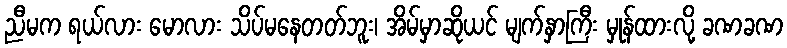
ညီမက ရယ်လား မောလား သိပ်မနေတတ်ဘူး၊ အိမ်မှာဆိုယင် မျက်နှာကြီး မှုန်ထားလို့ ခဏခဏ